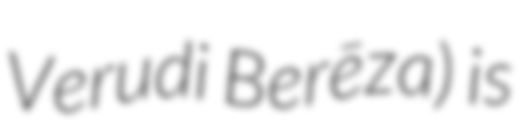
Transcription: Verudi Berēza) is